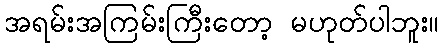
အရမ်းအကြမ်းကြီးတော့ မဟုတ်ပါဘူး။